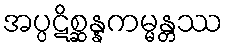
အပ္ပဋိစ္ဆန္နကမ္မန္တဿ